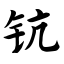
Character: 钪